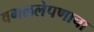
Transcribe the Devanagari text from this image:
वगळलेपणाचा